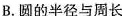
B.圆的半径与周长